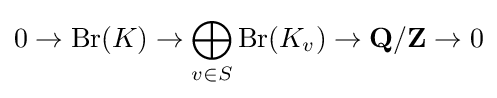
0\rightarrow {\textrm {Br}}(K)\rightarrow \bigoplus _{v\in S}{\textrm {Br}}(K_{v})\rightarrow \mathbf {Q} /\mathbf {Z} \rightarrow 0